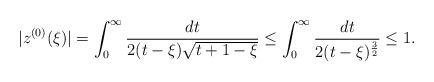
LaTeX: \begin{align*}|z^{(0)}(\xi)| = \int_{0}^{\infty}\frac{dt}{2(t-\xi)\sqrt{t +1 -\xi}} \leq \int_{0}^{\infty}\frac{dt}{2(t-\xi)^{\frac32}} \leq 1.\end{align*}